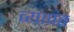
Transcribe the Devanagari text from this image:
व्‍यापत